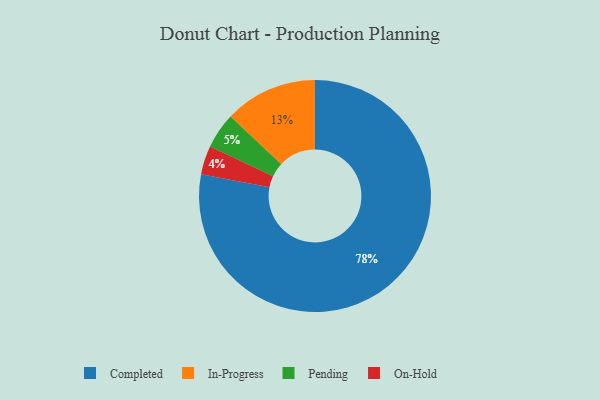
{"axis": {"x": "Category", "y": "Percentage"}, "legend": ["Completed", "In-Progress", "On-Hold", "Pending"], "data": [{"x": "Pending", "y": 5, "type": "Pending"}, {"x": "On-Hold", "y": 4, "type": "On-Hold"}, {"x": "Completed", "y": 78, "type": "Completed"}, {"x": "In-Progress", "y": 13, "type": "In-Progress"}]}